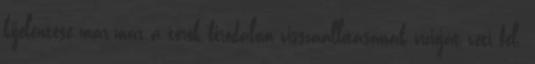
kijelentése már-már a török birodalom visszaállításának vízióját veti fel.